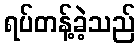
ရပ်တန့်ခဲ့သည်